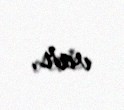
var.